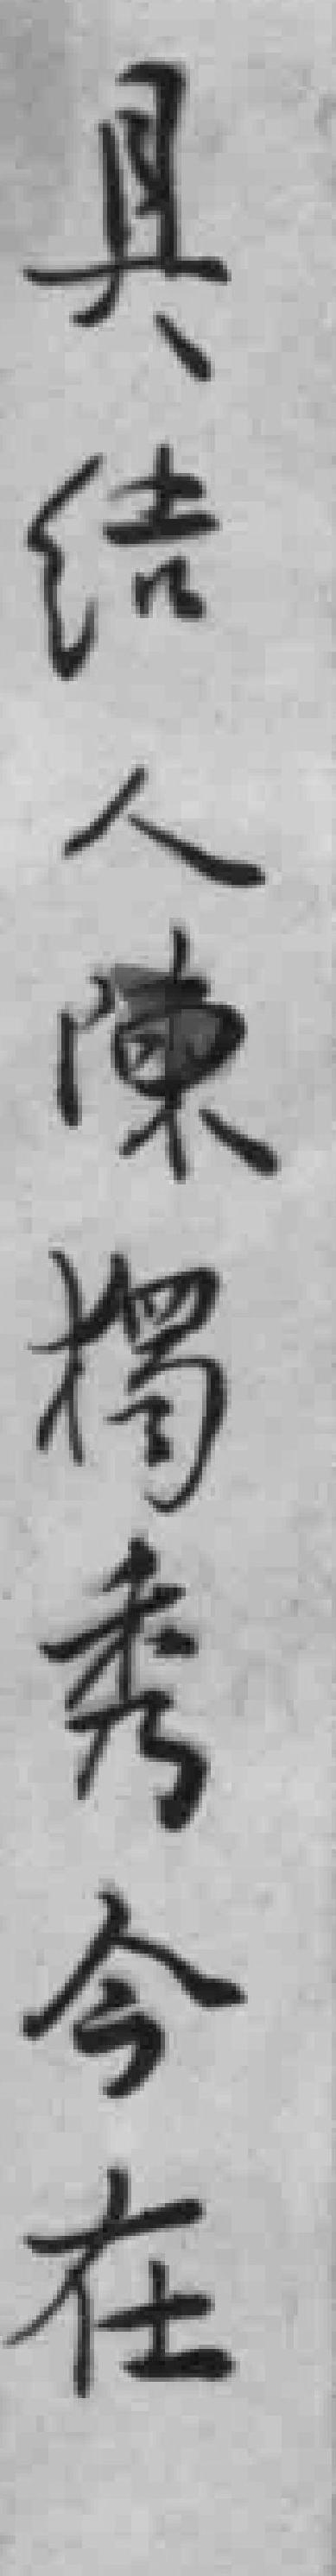
具結人陳獨秀今在